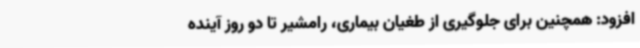
افزود: همچنین برای جلوگیری از طغیان بیماری، رامشیر تا دو روز آینده